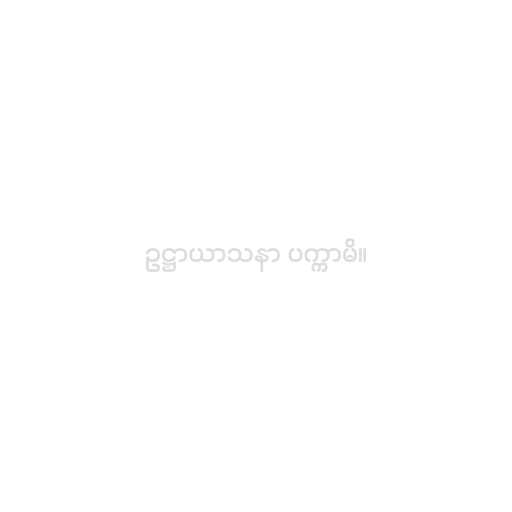
ဥဋ္ဌာယာသနာ ပက္ကာမိ။